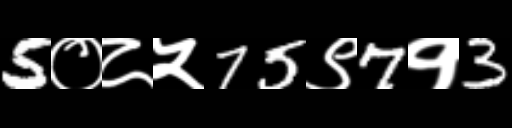
Text: 5०८५75९7१3